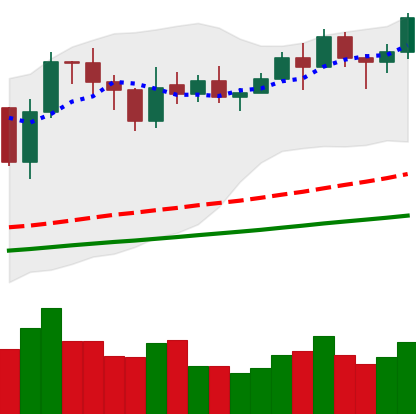
Ticker: LINK-USD
Chart end date: 2021-02-09
Forward return: 20.642%
Label: up_7plus